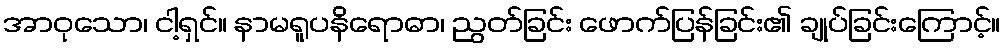
အာဝုသော၊ ငါ့ရှင်။ နာမရူပနိရောဓာ၊ ညွတ်ခြင်း ဖောက်ပြန်ခြင်း၏ ချုပ်ခြင်းကြောင့်။